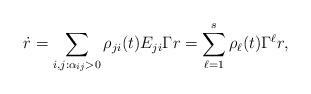
LaTeX: \begin{align*} \dot r = \sum_{i,j:\alpha_{ij}>0} \rho_{ji}(t) E_{ji} \Gamma r=\sum_{\ell=1}^s \rho_\ell(t) \Gamma^{\ell} r,\end{align*}